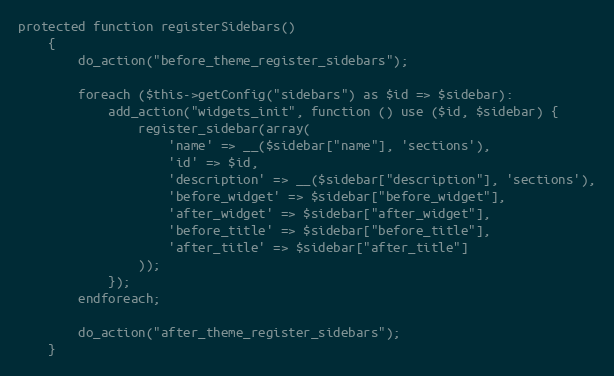
Language: PHP
protected function registerSidebars()
    {
        do_action("before_theme_register_sidebars");

        foreach ($this->getConfig("sidebars") as $id => $sidebar):
            add_action("widgets_init", function () use ($id, $sidebar) {
                register_sidebar(array(
                    'name' => __($sidebar["name"], 'sections'),
                    'id' => $id,
                    'description' => __($sidebar["description"], 'sections'),
                    'before_widget' => $sidebar["before_widget"],
                    'after_widget' => $sidebar["after_widget"],
                    'before_title' => $sidebar["before_title"],
                    'after_title' => $sidebar["after_title"]
                ));
            });
        endforeach;

        do_action("after_theme_register_sidebars");
    }